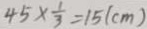
4 5 \times \frac { 1 } { 3 } = 1 5 ( c m )